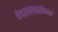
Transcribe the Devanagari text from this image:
वेदशास्त्रसंपन्‍न